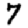
Digit: 7